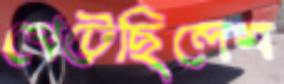
খেটেছিলেম